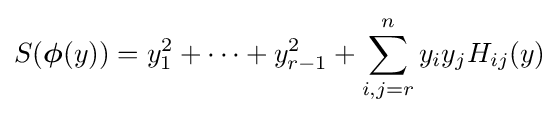
S({\boldsymbol {\phi }}(y))=y_{1}^{2}+\cdots +y_{r-1}^{2}+\sum _{i,j=r}^{n}y_{i}y_{j}H_{ij}(y)